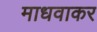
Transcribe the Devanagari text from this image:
माधवाकर